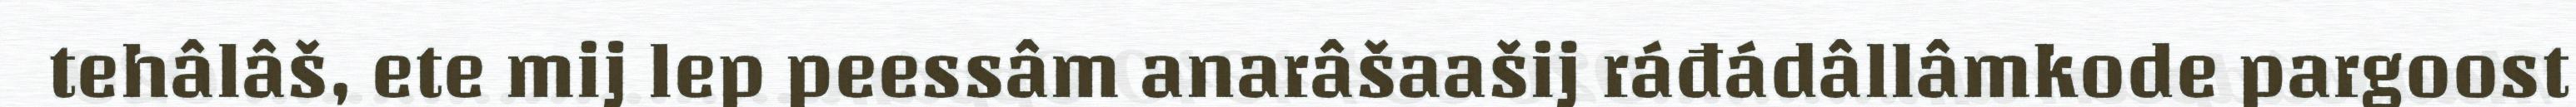
tehâlâš, ete mij lep peessâm anarâšaašij ráđádâllâmkode pargoost